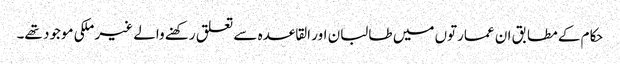
حکام کے مطابق ان عمارتوں میں طالبان اور القاعدہ سے تعلق رکھنے والے غیر ملکی موجود تھے۔